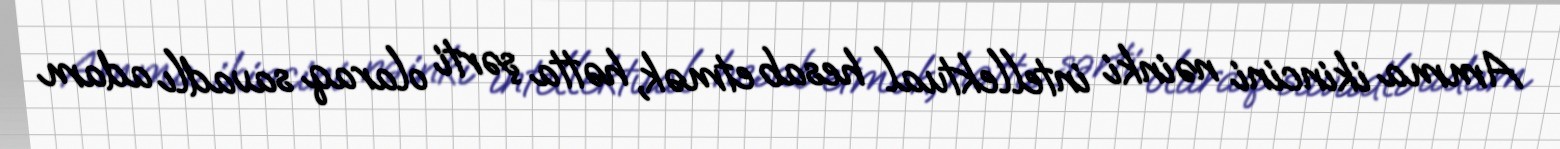
Amma ikincini nəinki intellektual hesab etmək, hətta şərti olaraq savadlı adam